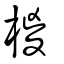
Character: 椶